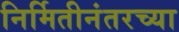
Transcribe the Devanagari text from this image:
निर्मितीनंतरच्‍या